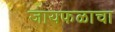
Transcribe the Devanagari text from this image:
जायफळाचा